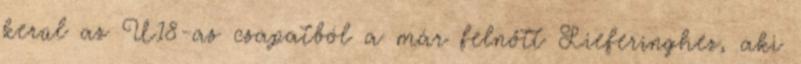
kerül az U18-as csapatból a már felnőtt Lieferinghez, aki